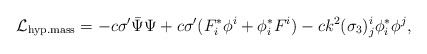
\begin{align*}{\cal L}_{\rm hyp.mass} = - c \sigma' \bar{\Psi} \Psi + c \sigma' (F^*_i\phi^i + \phi^*_iF^i) - ck^2 (\sigma_3)^i_j \phi^*_i \phi^j,\end{align*}